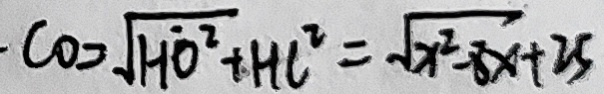
C O = \sqrt { H O ^ { 2 } } + H C ^ { 2 } = \sqrt { x ^ { 2 } - 8 x + 2 5 }